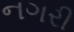
નગરી